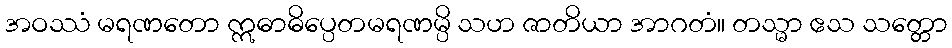
အဝဿံ မရဏတော ဣဓာဓိပ္ပေတမရဏမ္ပိ သဟ ဇာတိယာ အာဂတံ။ တသ္မာ ဧသ သတ္တော